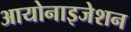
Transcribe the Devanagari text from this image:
आयोनाइजेशन